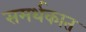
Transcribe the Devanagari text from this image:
समर्थकात